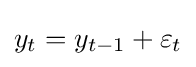
y_{t}=y_{t-1}+\varepsilon _{t}